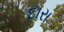
દારા